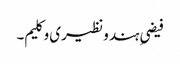
فیضیِ ہند و نظیری و کلیم۔